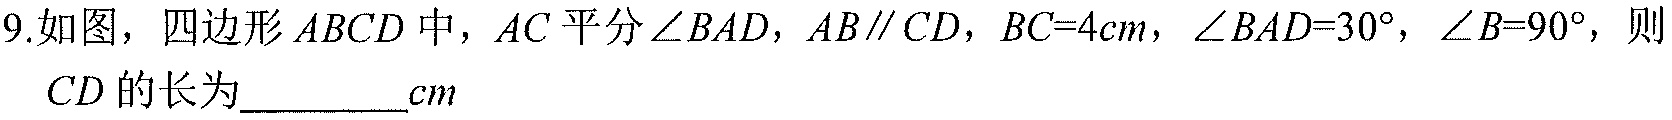
9.如图，四边形$ABCD$中，$AC$平分$\angle BAD$，$AB\parallel CD$，$BC = 4cm$，$\angle BAD = 30^{\circ}$，$\angle B = 90^{\circ}$，则
   $CD$的长为_________$cm$